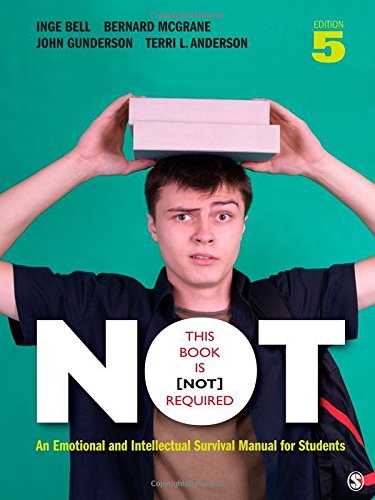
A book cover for This Book Is Not Required: An Emotional and Intellectual Survival Manual for Students; Inge Bell; Education & Teaching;